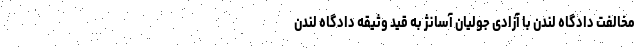
مخالفت دادگاه لندن با آزادی جولیان آسانژ به قید وثیقه دادگاه لندن